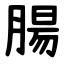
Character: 腸